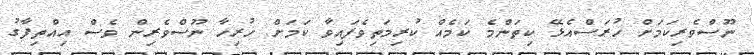
ނޫސްވެރިކަމަށް ހުރަސްއެޅޭ ކިތަންމެ ކަމެއް ކުރިމަތިވެފައިވާ ކަމަށް ހުރިހާ ނޫސްވެރިން ވެސް އިއްތިފާގު